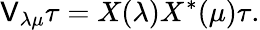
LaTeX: \mathsf{V}_{\lambda\mu}\tau=X(\lambda)X^{*}(\mu)\tau.